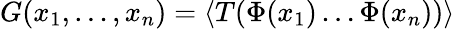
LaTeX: G(x_{1},\dots,x_{n})=\langle T(\Phi(x_{1})\dots\Phi(x_{n}))\rangle